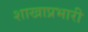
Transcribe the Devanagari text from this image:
शाखाप्रभारी